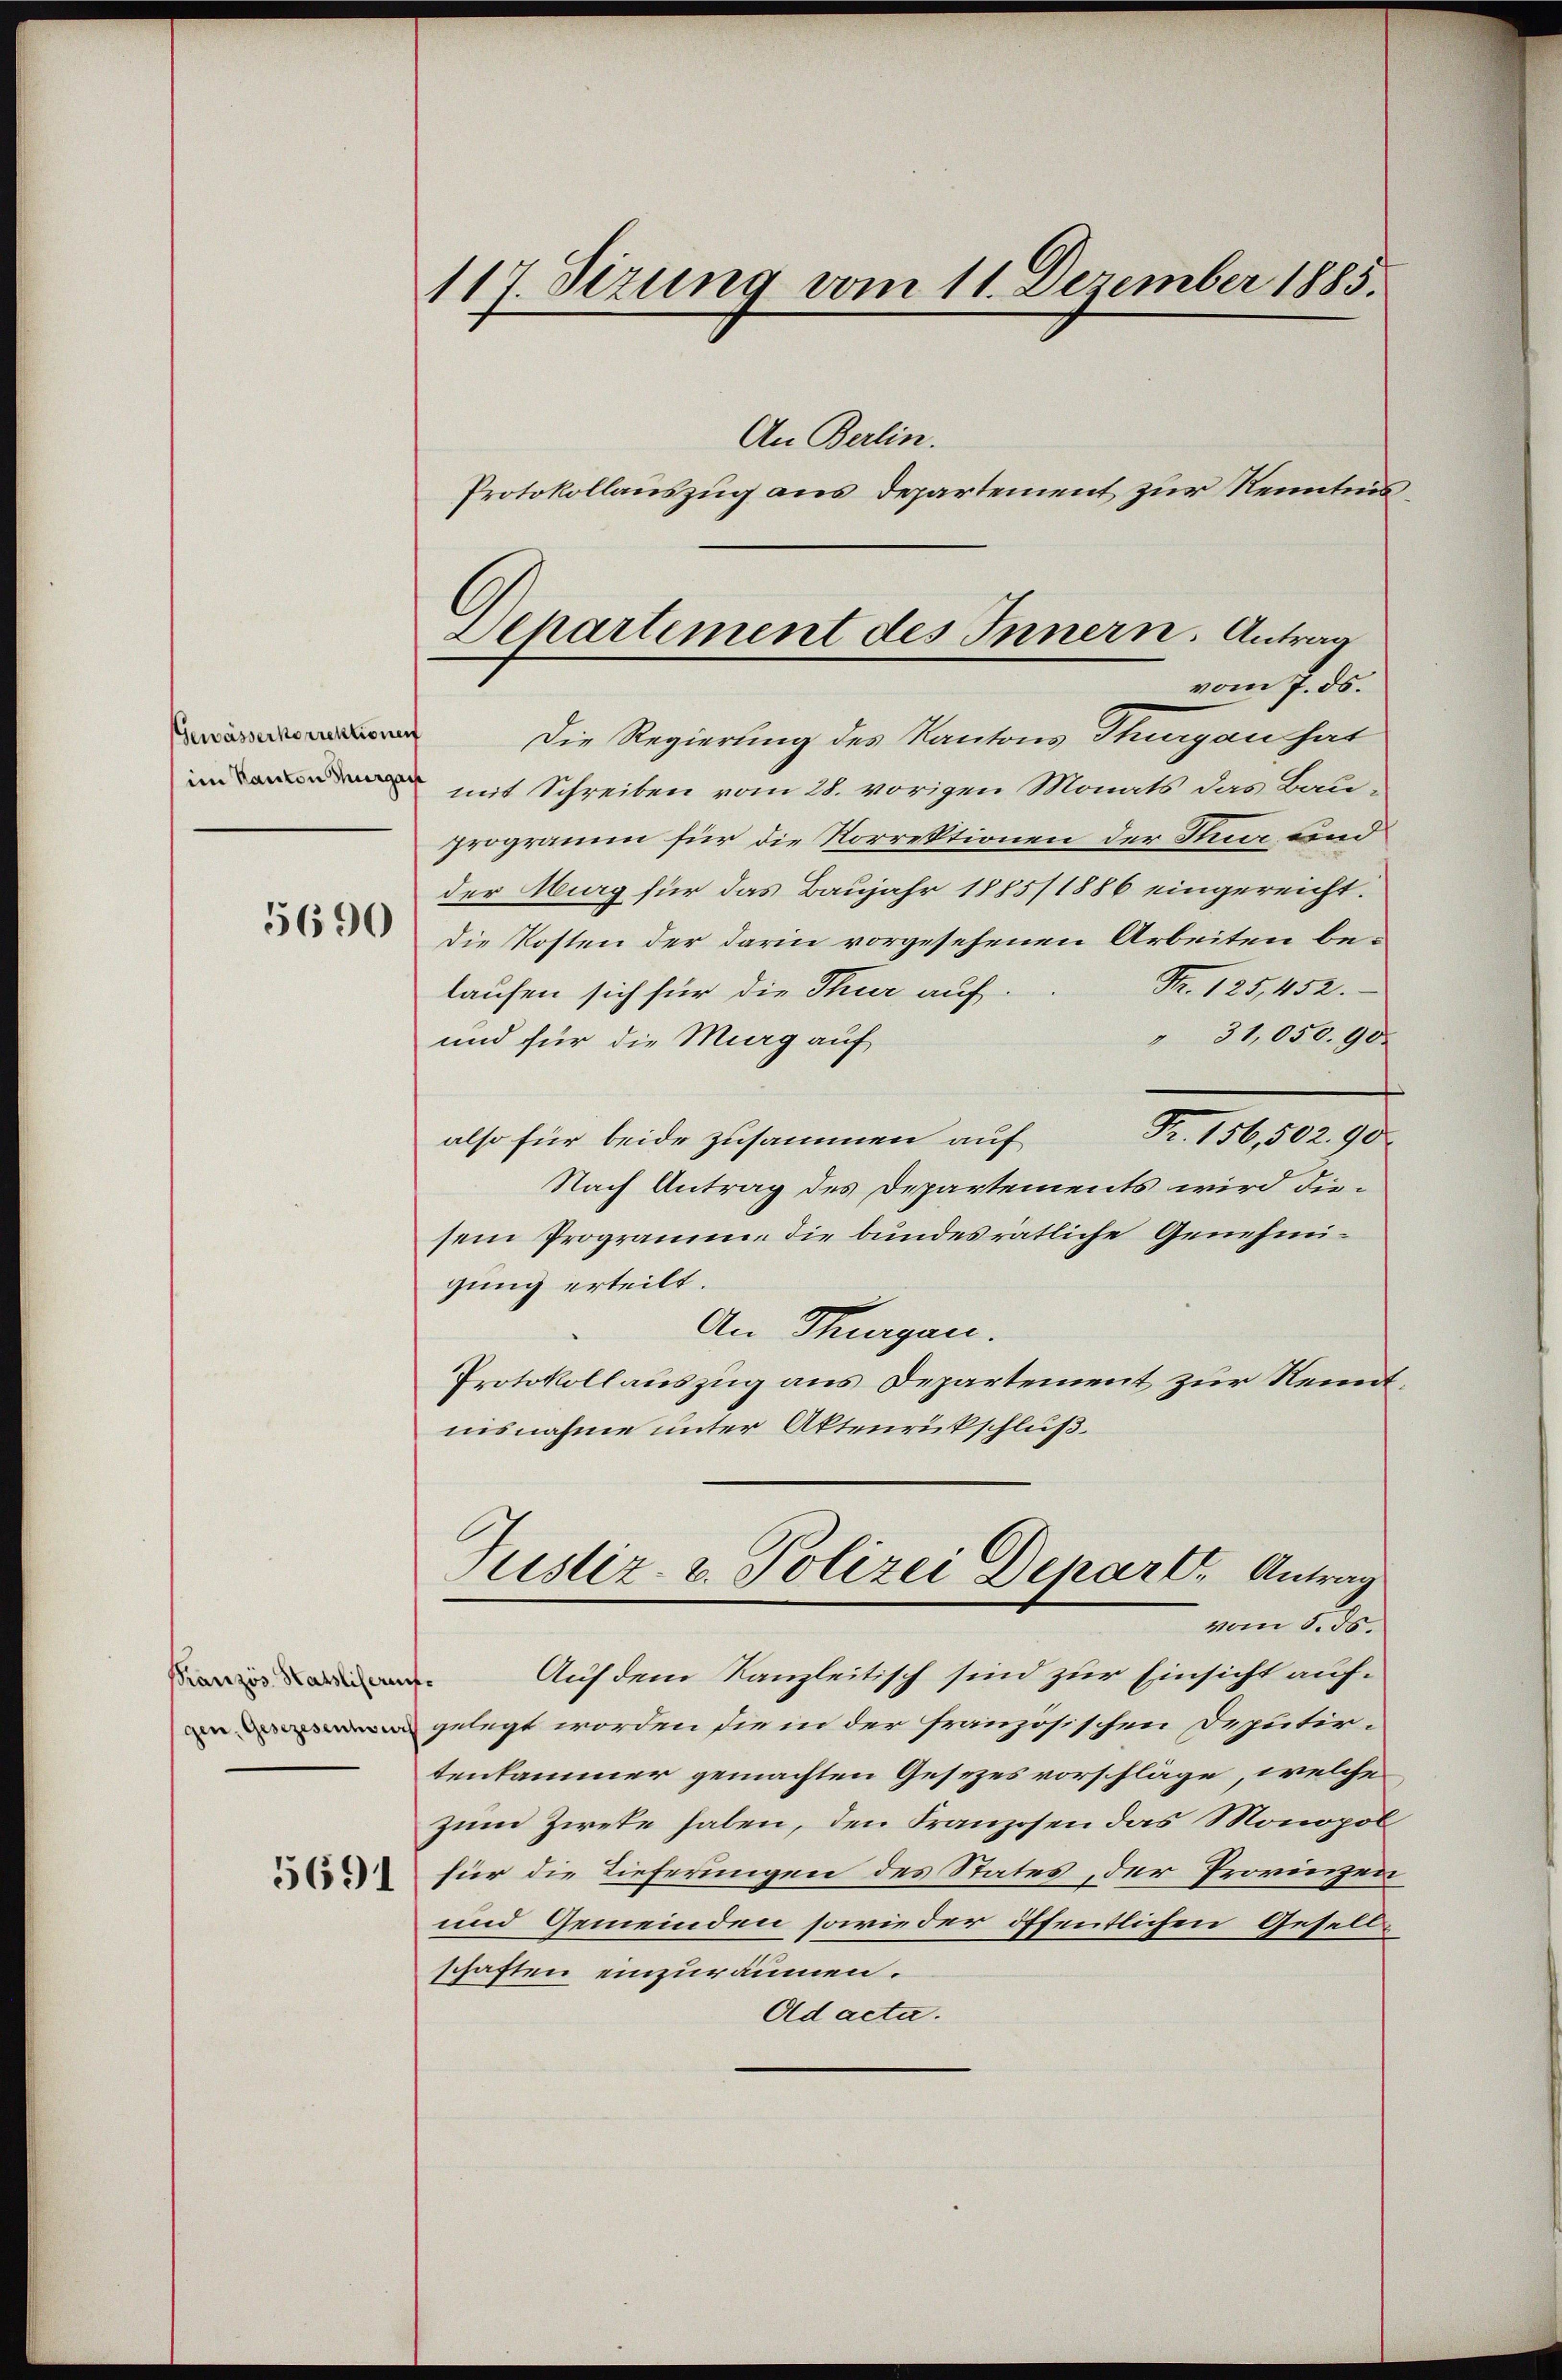
Gewässerkorrektionen

5690

Französ. Hasliferufe

5691

117. Sezung vom 11. Dezember 1885.

An Berlin.

Departement des Innern. Antrag
vom 7. ds.

Protokollauszug aus Departement zur Kenntnis
Die Regierung des Kantons Stungen hat
 mit Schreiben vom 28. vorigen Monats das Bauprogramm für die Korrektionen der Stuar und
der Murg für das Baujahr 1885/1886 eingereicht.
Die Kosten der darin vorgesehenen Arbeiten be¬
Nr. 125,452.
laufen sich für die Thur auf.
" 31,050.90
und für die Murg auf
Fr. 156,502. 90
also für beide zusammen auf
Nach Antrag des Departements wird diesem Programme die bundesrätliche Genehmigung erteilt.
An Tagen.
Protokollauszug aus Departement zur Rennt
nisnahme unter Aktenrückschluß.
Justiz- & Polizei Depart. Antrag
vom 5. ds.
Auf dem Kanzleitisch sind zur Einsicht aufgelegt worden sie in der französischen Deputir-
tenkammer gemachten Gesezesvorschläge, welche
zum Zirke haben, den Franzosen das Monopol
für die Tieferungen des States, der Provinzen
und Gemeinden sowie der öffentlichen Gesellschaften einzuräumen.
Ad acta.